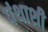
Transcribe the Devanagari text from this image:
पंथाशी